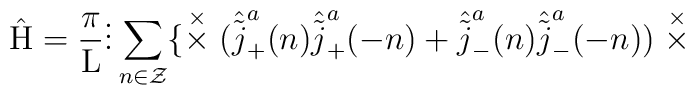
\hat{\rm H} = \frac{\pi}{\rm L} \vdots \sum_{n \in \cal Z}\{ \stackrel{\times}{\times} ( \hat{\tilde{j}}_{+}^a(n)\hat{\tilde{j}}_{+}^a(-n) + \hat{\tilde{j}}_{-}^a(n)\hat{\tilde{j}}_{-}^a(-n) ) \stackrel{\times}{\times}